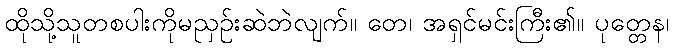
ထိုသို့သူတစပါးကိုမညှဉ်းဆဲဘဲလျက်။ တေ၊ အရှင်မင်းကြီး၏။ ပုတ္တေန၊